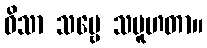
ဝိသာ သဗ္ဗေ သမူဟတာ။